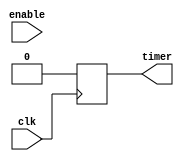
module Temporizador(
  input clk,
  input enable,
  output reg timer
);

  reg [2:0] contador;
  
  always @(posedge clk) begin
    if (enable) begin
      contador <= contador + 1;
      if (contador == 8)
        timer <= 1;
      else
        timer <= 0;
    end
    else begin
      contador <= 0;
      timer <= 0;
    end
  end
  
endmodule